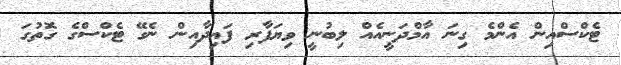
ޓެކްސްއިން އެންމެ ގިނަ އާމްދަނީއެއް ލިބުނީ ވިޔަފާރި ފައިދާއިން ނެގޭ ޓެކްސްގެ ގޮތުގަ